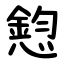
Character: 憌